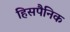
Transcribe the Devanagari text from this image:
हिसपैनिक